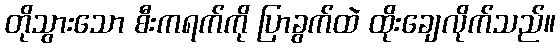
တိုသွားသော စီးကရက်ကို ပြာခွက်ထဲ ထိုးချေလိုက်သည်။